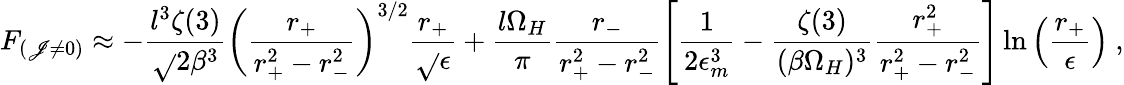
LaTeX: F_{(\mathscr{J}\neq0)}\approx-\frac{{l^{3}\zeta(3)}}{{\sqrt{}{{2}}\beta^{3}}}\left(\frac{{r_{+}}}{{r_{+}^{2}-r_{-}^{2}}}\right)^{3/2}\frac{{r_{+}}}{{\sqrt{}{{\epsilon}}}}+\frac{{l\Omega_{H}}}{{\pi}}\frac{{r_{-}}}{{r_{+}^{2}-r_{-}^{2}}}\left[\frac{{1}}{{2\epsilon_{m}^{3}}}-\frac{{\zeta(3)}}{{(\beta\Omega_{H})^{3}}}\frac{{r_{+}^{2}}}{{r_{+}^{2}-r_{-}^{2}}}\right]\ln\left(\frac{{r_{+}}}{{\epsilon}}\right)~,